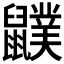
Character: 𪖈